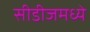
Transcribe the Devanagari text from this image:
सीडीजमध्ये